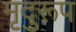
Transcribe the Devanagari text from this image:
मृदुरूप